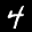
Label: 4